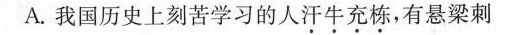
A.我国历史上刻苦学习的人汗牛充栋，有悬梁刺